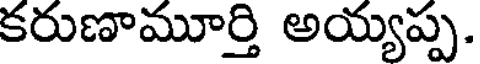
కరుణామూర్తి అయ్యప్ప.